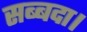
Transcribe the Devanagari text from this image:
सब्बदा।